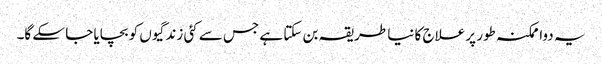
یہ دوا ممکنہ طور پر علاج کا نیا طریقہ بن سکتا ہے جس سے کئی زندگیوں کو بچایا جا سکے گا۔